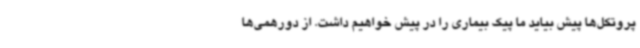
پروتکل‌ها پیش بیاید ما پیک بیماری را در پیش خواهیم داشت. از دورهمی‌ها